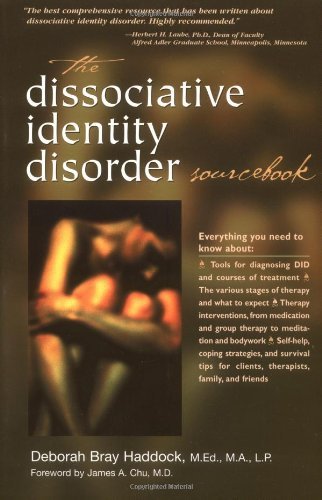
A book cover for The Dissociative Identity Disorder Sourcebook (Sourcebooks) [Paperback] [2001] (Author) Deborah Haddock; Health, Fitness & Dieting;